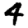
Digit: 4